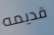
قديمه